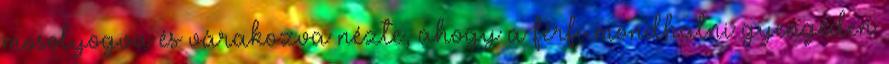
mosolyogva és várakozva nézte, ahogy a férfi mondhatni gyengéden